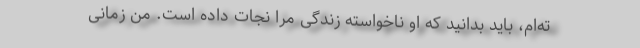
ته‌ام، باید بدانید که او ناخواسته زندگی مرا نجات داده است. من زمانی